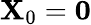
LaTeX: \mathbf{X}_{0}=\mathbf{0}